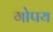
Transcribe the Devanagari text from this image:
गोपय